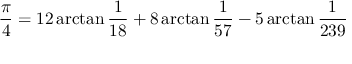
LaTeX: { \frac { \pi } { 4 } } = 1 2 \arctan { \frac { 1 } { 1 8 } } + 8 \arctan { \frac { 1 } { 5 7 } } - 5 \arctan { \frac { 1 } { 2 3 9 } }